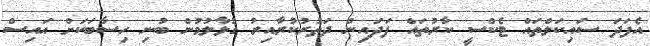
އެފަދަ ސައިކަލްތައް ޓެކްސީ ކާރުތައް ފަދައިން ދަތުރުކުރާއިރު ގުޅާލުމުން ބުނި ހިސާބަކަށް އައިސް